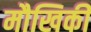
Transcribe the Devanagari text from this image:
मौखिकी